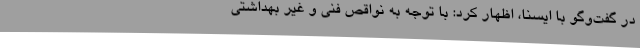
در گفت‌وگو با ایسنا، اظهار کرد: با توجه به نواقص فنی و غیر بهداشتی